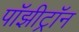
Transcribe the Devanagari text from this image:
पॉझीट्रॉन